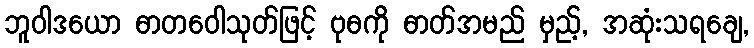
ဘူဝါဒယော ဓာတဝေါသုတ်ဖြင့် ဗုဓကို ဓာတ်အမည် မှည့်, အဆုံးသရချေ,